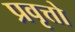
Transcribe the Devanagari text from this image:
प्रवृत्तो